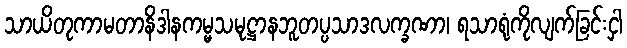
သာယိတုကာမတာနိဒါနကမ္မသမုဋ္ဌာနဘူတပ္ပသာဒလက္ခဏာ၊ ရသာရုံကိုလျက်ခြင်းငှါ